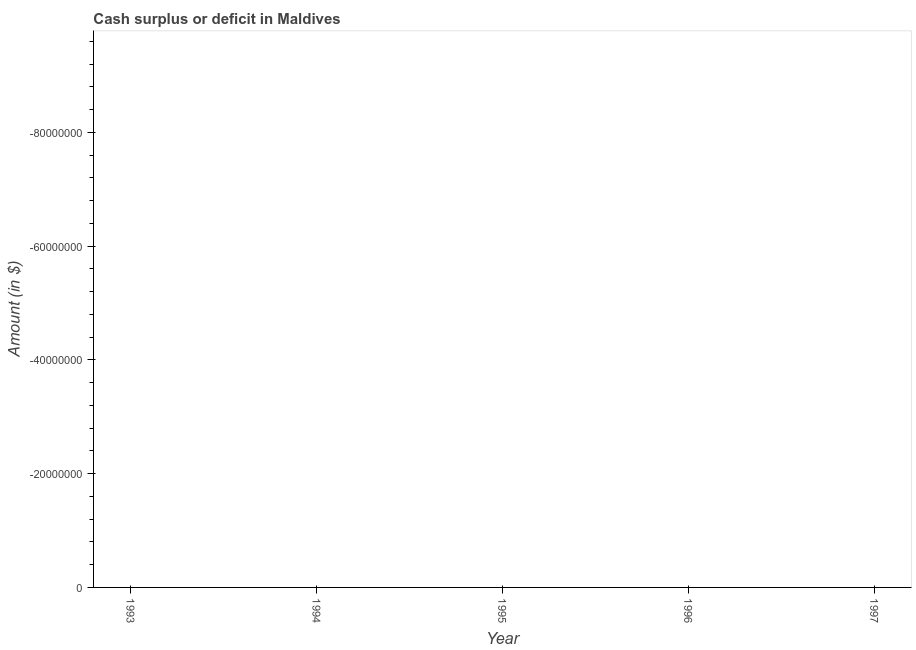
| Year | Cash surplus or deficit |
 | --- | --- |
 | 1993 | -3.99e+08 |
 | 1994 | -2.13e+08 |
 | 1995 | -3.09e+08 |
 | 1996 | -1.25e+08 |
 | 1997 | -1.12e+08 |